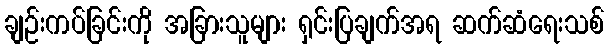
ချဉ်းကပ်ခြင်းကို အခြားသူများ ရှင်းပြချက်အရ ဆက်ဆံရေးသစ်